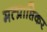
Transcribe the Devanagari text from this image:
मत्प्राप्तिकर